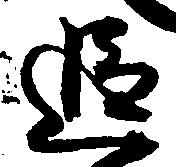
追